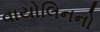
વાયોલિનનો